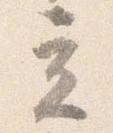
立